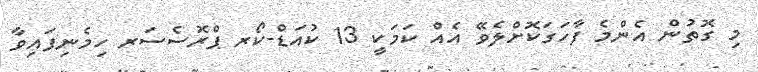
މި ގޮތުން އެންމެ ފާހަގަކޮށްލެވޭ އެއް ކަމަކީ 13 ކުއަޑް-ކޯރ ޕްރޮސެސަރ ހިމެނިފައިވާ